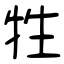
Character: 牲